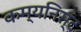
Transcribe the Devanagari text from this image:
कम्यनिस्ट